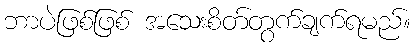
ဘာပဲဖြစ်ဖြစ် အသေးစိတ်တွက်ချက်ရမည်။